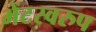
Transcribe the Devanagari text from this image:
भेंटस्‍वरुप